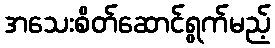
အသေးစိတ်ဆောင်ရွက်မည့်